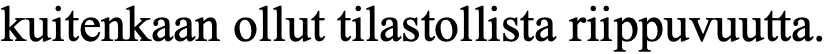
kuitenkaan ollut tilastollista riippuvuutta.